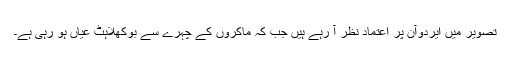
تصویر میں ایردوآن پُر اعتماد نظر آ رہے ہیں جب کہ ماکروں کے چہرے سے بوکھلاہٹ عیاں ہو رہی ہے۔